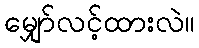
မျှော်လင့်ထားလဲ။